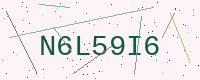
Text: N6L59I6